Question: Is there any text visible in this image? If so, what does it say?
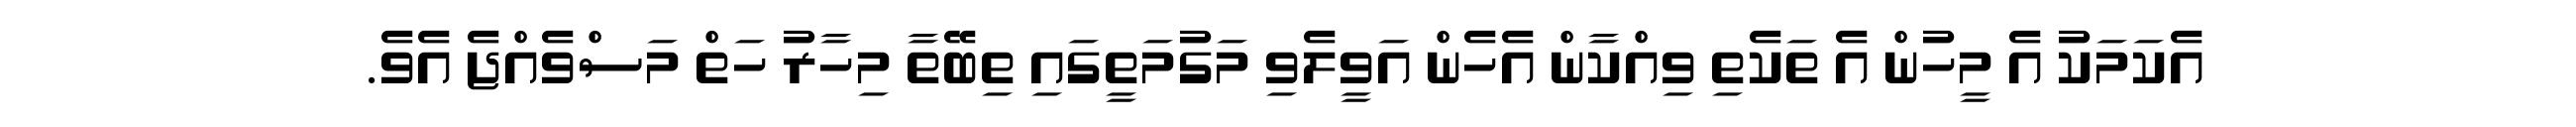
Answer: އެކަމަކު އެ މީހުން އެ ތަކެތި ވިއްކާން އެހެން އަވީލެވި މަގުމަތީގައި ތިބޭތާ މިހާރު ހަތް މަސްވެއްޖެ އެވެ.